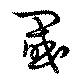
閾